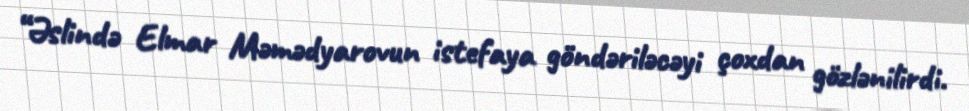
“Əslində Elmar Məmədyarovun istefaya göndəriləcəyi çoxdan gözlənilirdi.